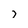
Character: 7